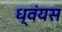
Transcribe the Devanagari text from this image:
ध्वंयस